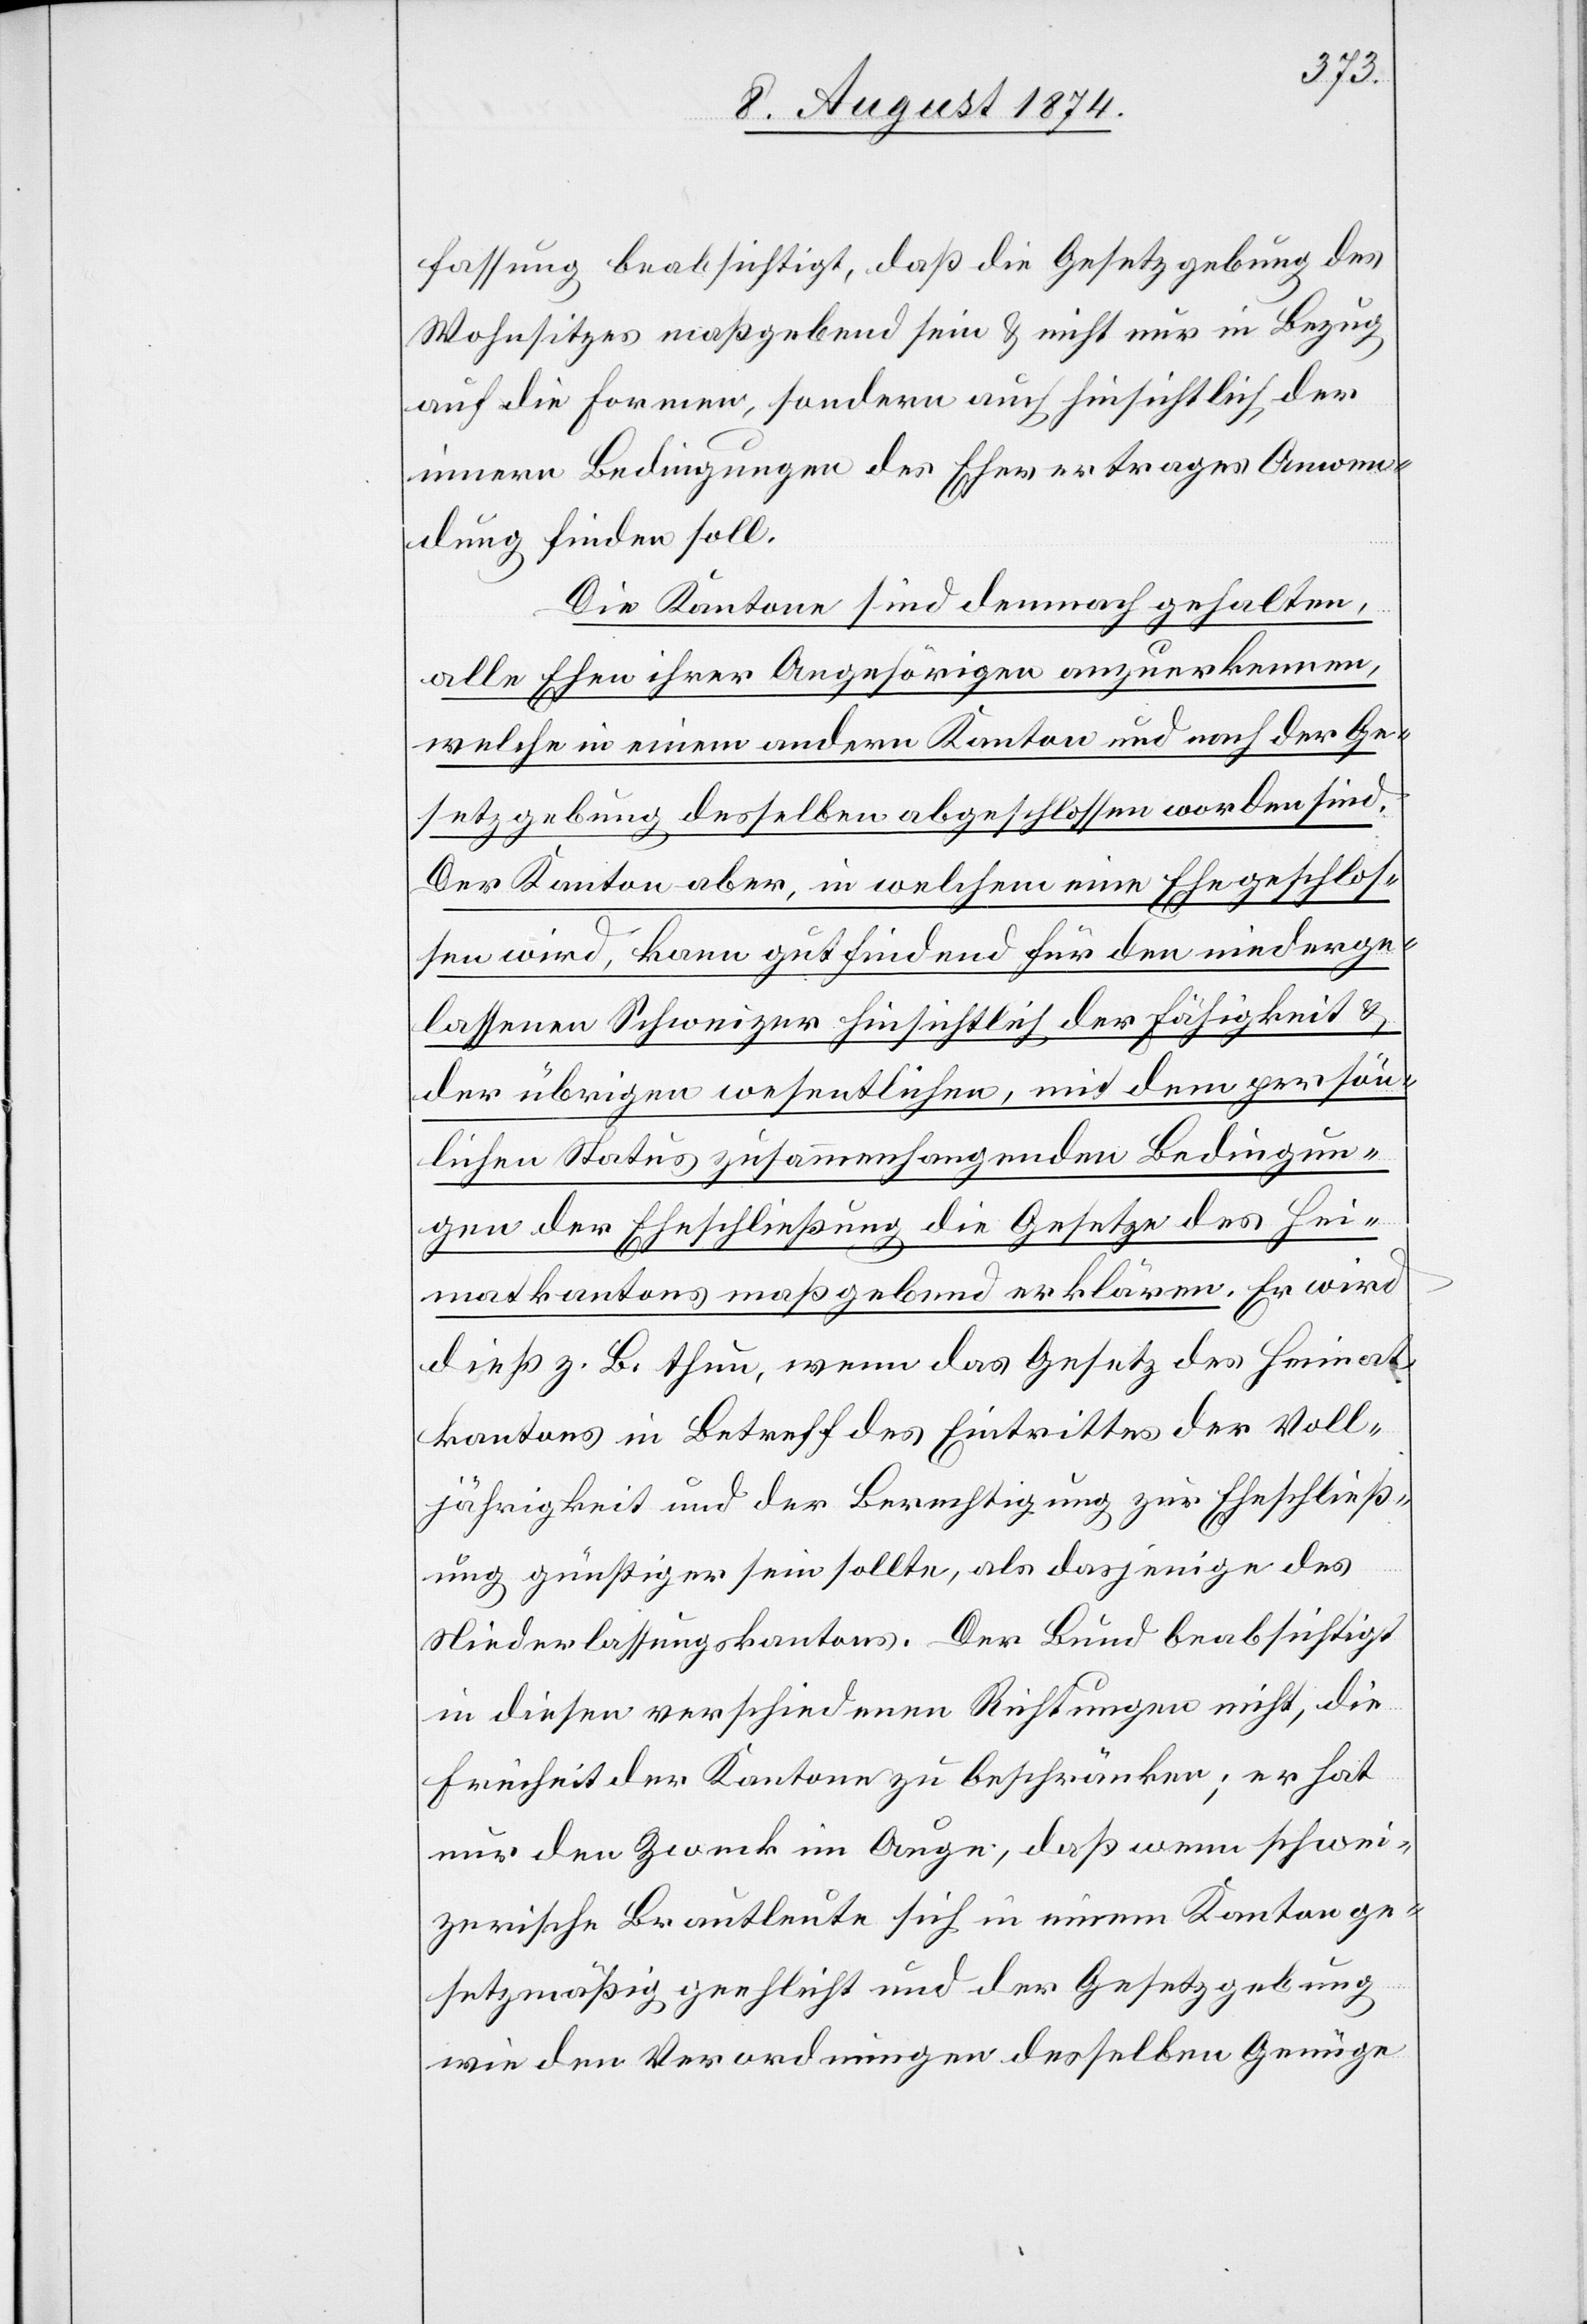
fassung beabsichtigt, daß die Gesetzgebung des
Wohnsitzes maßgebend sein u. nicht nur in Bezug
auf die Formern, sondern auch hinsichtlich der
innern Bedingungen des Ehevertrages Anwen¬
dung finden soll.
Die Kantone sind demnach gehalten,
alle Ehen ihrer Angehörigen anzuerkennen,
welche in einem andern Kanton und nach der Ge¬
setzgebung desselben abgeschlossen worden sind.
Der Kanton aber, in welchem eine Ehe geschlos¬
sen wird, kann gutfindend für den niederge¬
lassenen Schweizer hinsichtlich der Fähigkeit u.
der übrigen wesentlichen, mit dem persön¬
lichen Status zusammenhangenden Bedingun¬
gen der Eheschließung die Gesetze des Hei¬
matkantons maßgebend erklären. Er wird
dieß z. B. thun, wenn das Gesetz des Heimat¬
kantons in Betreff des Eintrittes der Voll¬
jährigkeit und der Berechtigung zur Eheschließ¬
ung günstiger sein sollte, als dasjenige des
Niederlassungskantons. Der Bund beabsichtigt
in diesen verschiedenen Richtungen nicht, die
Freiheit der Kantone zu beschränken; er hat
nur den Zweck im Auge, daß wenn schwei¬
zerische Brautleute sich in einem Kanton ge¬
setzmäßig geehlicht und der Gesetzgebung
wie den Verordnungen desselben Genüge